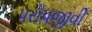
પરોપજીવી